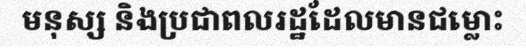
មនុស្ស និងប្រជាពលរដ្ឋដែលមានជម្លោះ